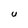
Character: u